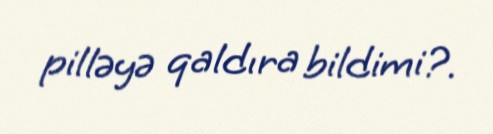
pilləyə qaldıra bildimi?.